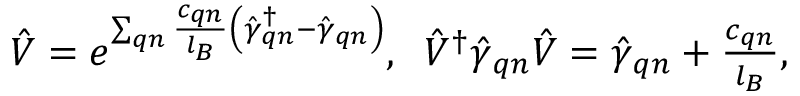
\begin{array} { r } { \hat { V } = e ^ { \sum _ { \boldsymbol { q } n } \frac { c _ { \boldsymbol { q } n } } { l _ { B } } \left( \hat { \gamma } _ { \boldsymbol { q } n } ^ { \dagger } - \hat { \gamma } _ { \boldsymbol { q } n } \right) } , \; \; \hat { V } ^ { \dagger } \hat { \gamma } _ { \boldsymbol { q } n } \hat { V } = \hat { \gamma } _ { \boldsymbol { q } n } + \frac { c _ { \boldsymbol { q } n } } { l _ { B } } , } \end{array}